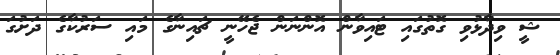
ޝީ ވިދާޅުވި ގޮތުގައި ޓައިވާން އޮންނަން ޖެހޭނީ ޗައިނާގެ މައި ސަރުކާގެ ދަށުގަ